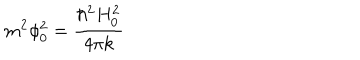
m ^ { 2 } \phi _ { 0 } ^ { 2 } = \frac { \hbar ^ { 2 } H _ { 0 } ^ { 2 } } { 4 \pi k }